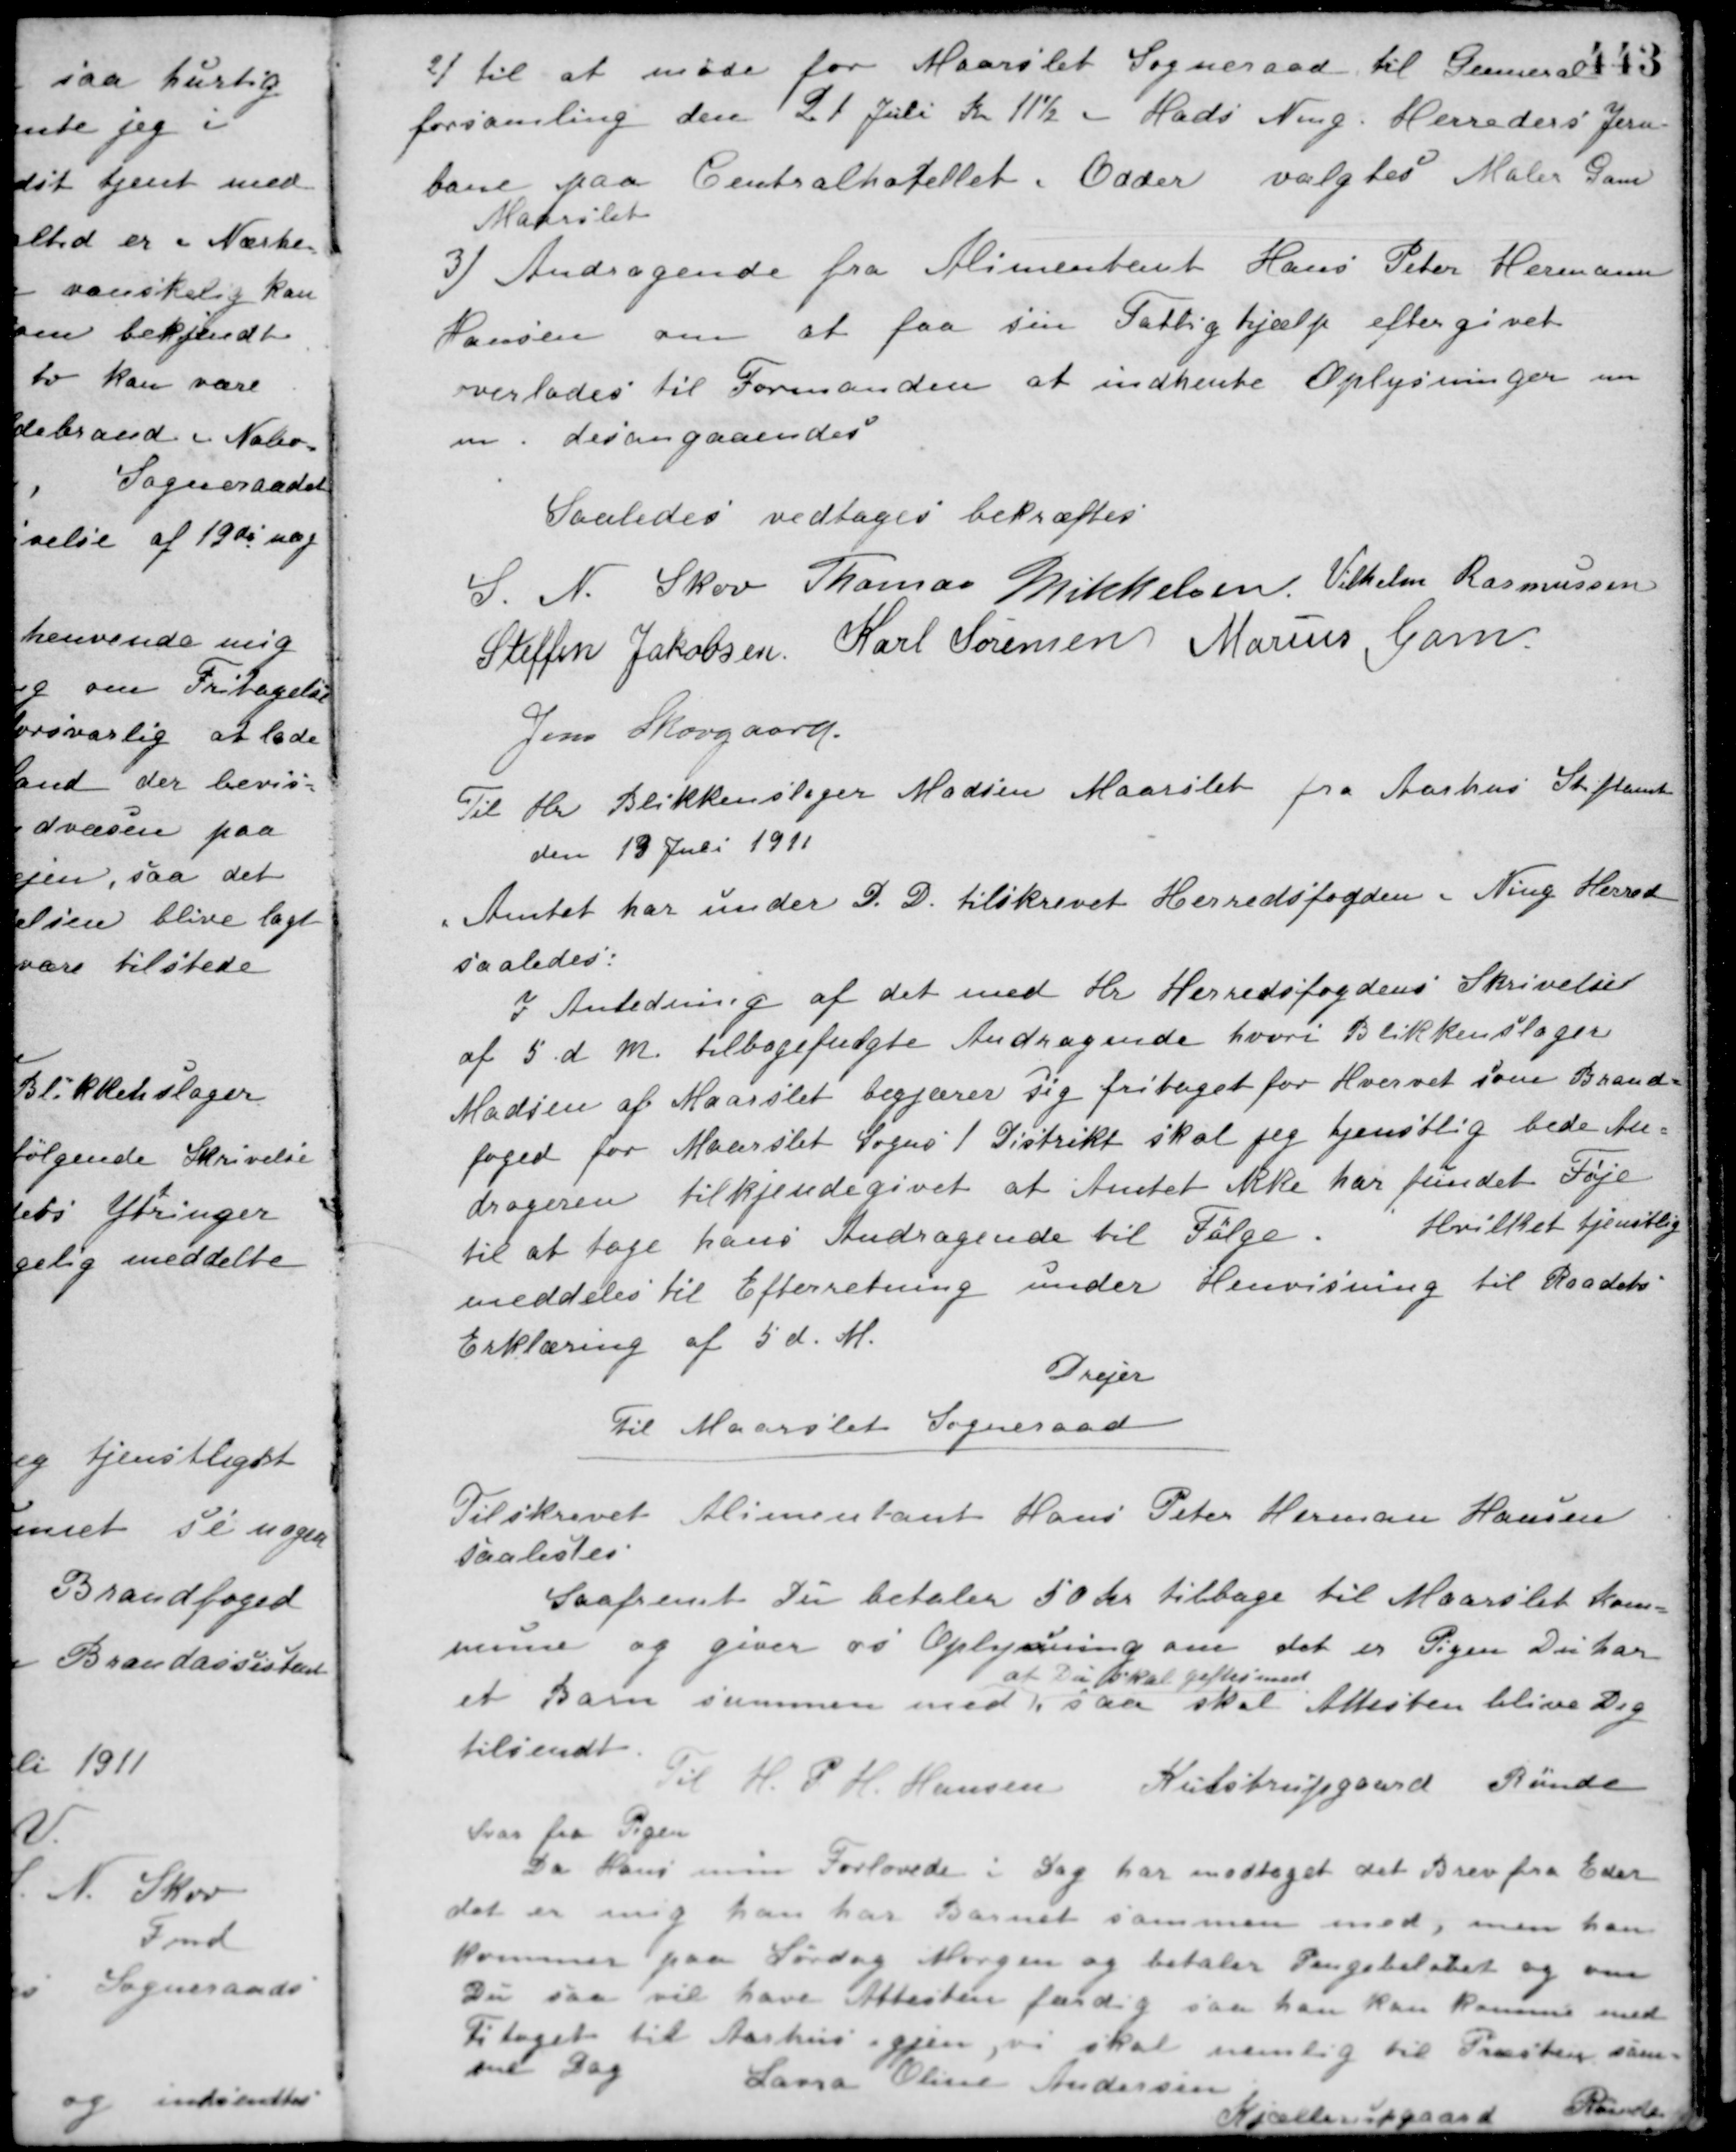
Transskription:
2/ til at møde for Maarslet Sogneraad til General-
forsamling den 21 Juli Kl. 11½ - Hads Ning Herreders Jern-
bane paa Centralhotellet i Odder valgtes Maler Gam
Maarslet
3/ Andragende fra Alimentant Hans Peter Hermann
Hansen om at faa sin Fattighjælp eftergivet
overlodes til Formanden at indhente Oplysninger m.
m. desangaaendes.
Saaledes vedtaget bekræftes
S. N. Skov Thomas Mikkelsen Vilhelm Rasmussen
Steffen Jakobsen Karl Sørensen Marius Gam
Jens Skovgaard
Til Hr. Blikkenslager Madsen Maarslet fra Aarhus Stiftamt
den 19 Juli 1911
"Amtet har under D. D. tilskrevet Herredsfogden i Ning Herred
saaledes:
I Anledning af det med Hr. Herredsfogdens Skrivelser
af 5 d. M. tilbagefulgte Andragende hvori Blikkenslager
Madsen af Maarslet begjærer sig fritaget for Hvervet som Brand-
foged for Maarslet Sogns 1 Distrikt skal jeg tjenstlig bede An-
drageren tilkjendegivet at Amtet ikke har fundet Føje
til at tage hans Andragende til Følge.
Hvilket tjenstlig
meddeles til Efterretning under Henvisning til Raadets
Erklæring af 5 d. M.
Drejer
Til Maarslet Sogneraad
Tilskrevet Alimentant Hans Peter Herman Hansen
saalestes
Saafremt Du betaler 50 Kr. tilbage til Maarslet Kom-
mune og giver os Oplysning om det er Pigen Du har
et Barn sammen med,
at Du skal giftes med
saa skal Attesten blive Dig
tilsendt.
Til H. P. H. Hansen Kulstrupgaard Rønde
Svar fra Pigen
Da Hans min Forlovede i Dag har modtaget det Brev fra Eder
det er mig han har Barnet sammen med, men han
kommer paa Lørdag Morgen og betaler Pengebeløbet og om
De saa vil have Attesten færdig saa han kan komme med
Titoget til Aarhus igjen, vi skal nemlig til Præsten sam-
me Dag.
Laura Oline Andersen
Kjællerupgaard
Rønde